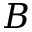
B